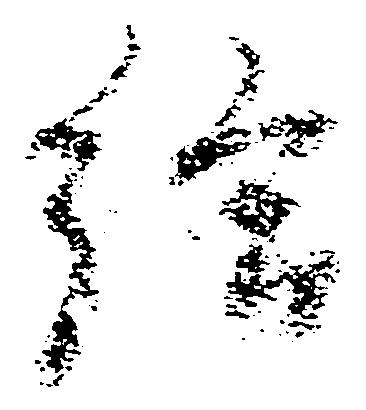
給